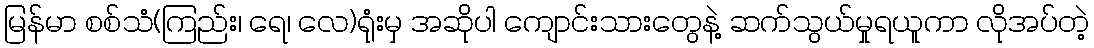
မြန်မာ စစ်သံ(ကြည်း၊ ရေ၊ လေ)ရုံးမှ အဆိုပါ ကျောင်းသားတွေနဲ့ ဆက်သွယ်မှုရယူကာ လိုအပ်တဲ့